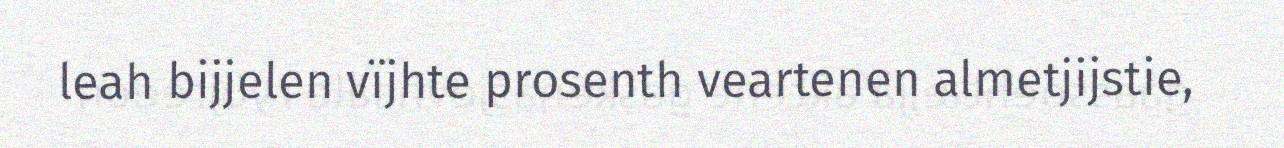
leah bijjelen vïjhte prosenth veartenen almetjijstie,